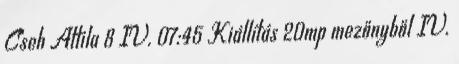
Cseh Attila 8 IV. 07:45 Kiállítás 20mp mezőnyből IV.